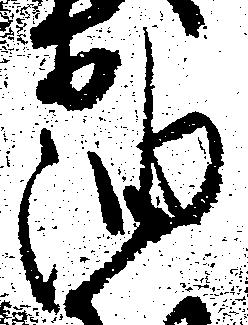
油